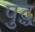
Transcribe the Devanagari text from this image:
पुद्ध